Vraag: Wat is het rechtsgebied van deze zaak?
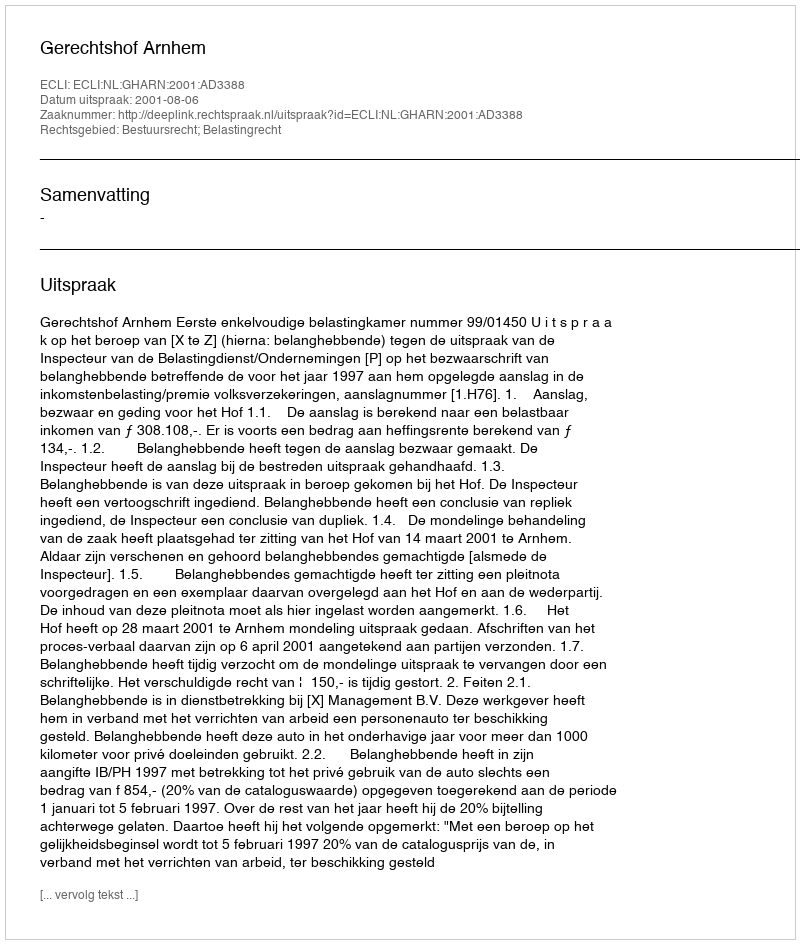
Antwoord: Bestuursrecht; Belastingrecht